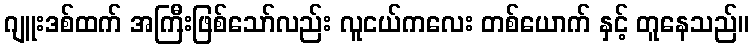
ဂျူးဒစ်ထက် အကြီးဖြစ်သော်လည်း လူငယ်ကလေး တစ်ယောက် နှင့် တူနေသည်။